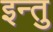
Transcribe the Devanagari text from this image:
इन्तु